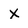
Character: x